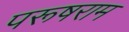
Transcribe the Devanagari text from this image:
परूषराम